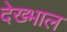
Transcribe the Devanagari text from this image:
देख्भाल